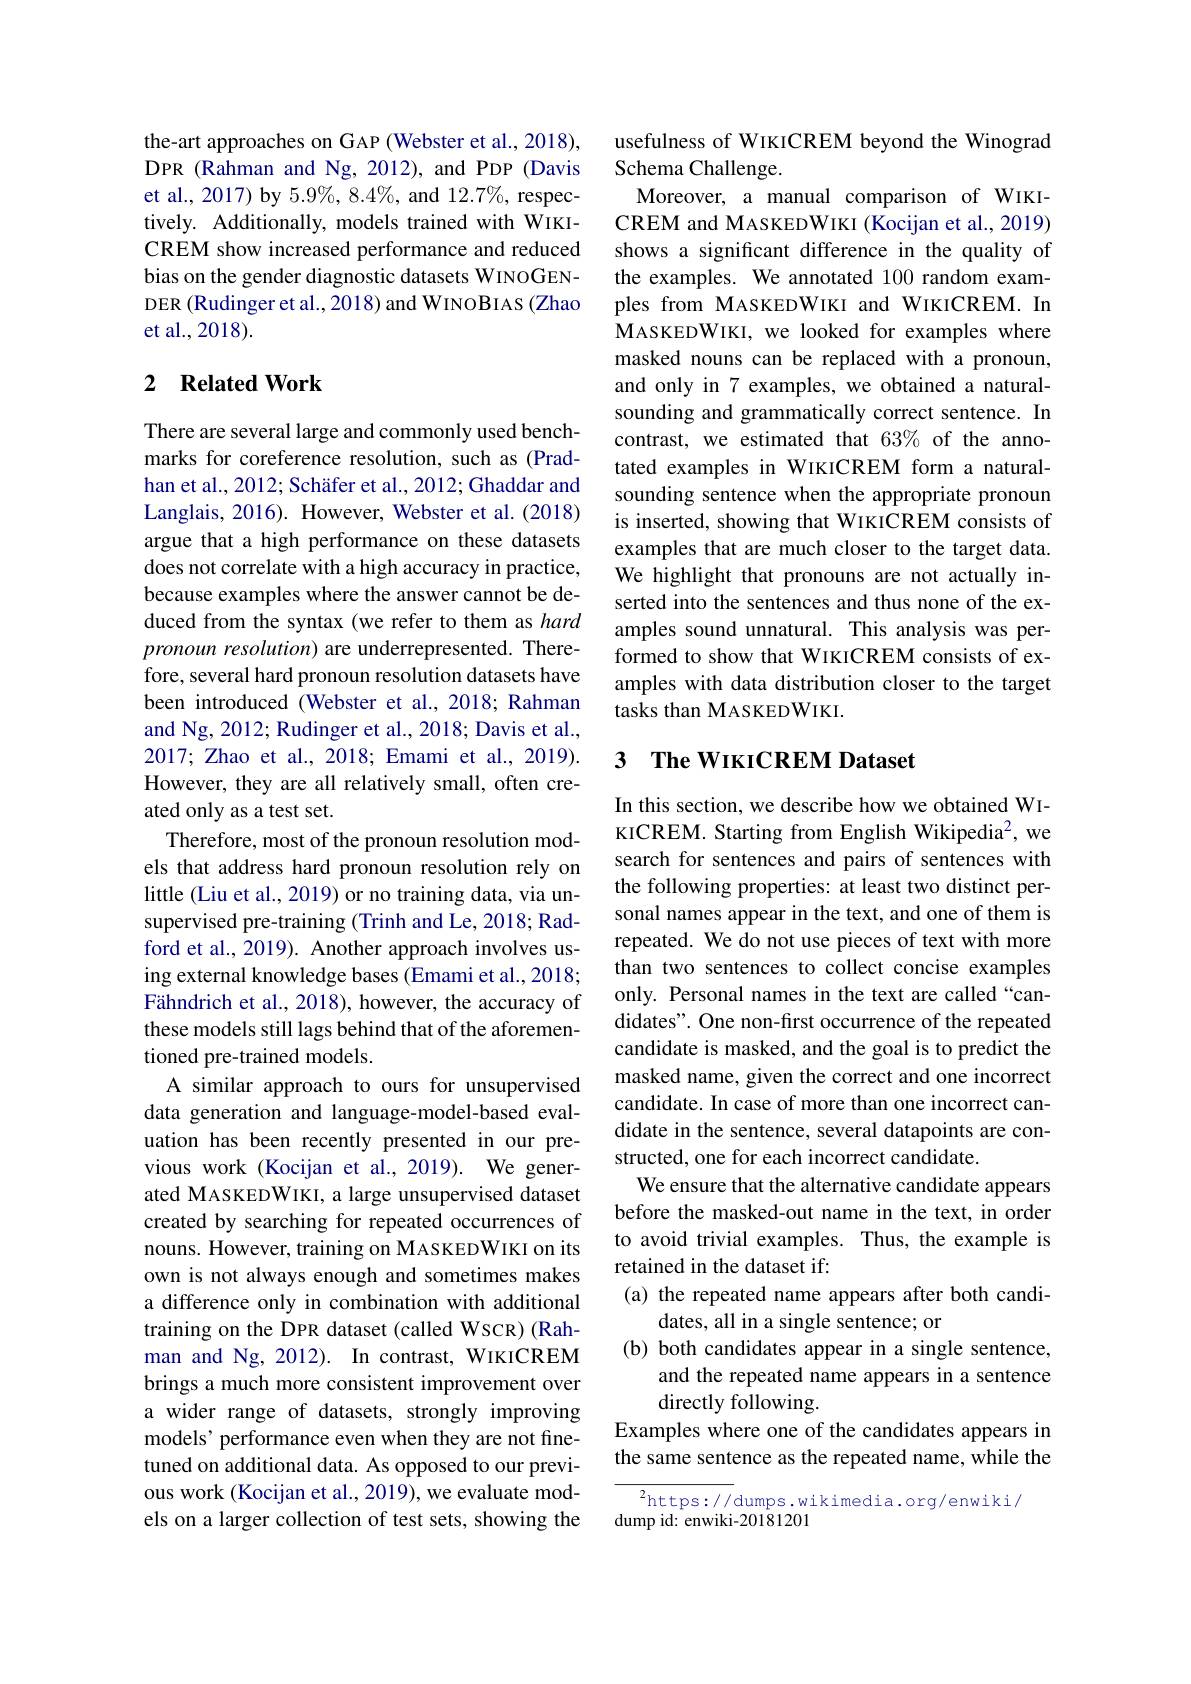
the-art approaches on GAP (Webster et al., 2018), DPR (Rahman and Ng,2012), and PDP (Davis et al., 2017) by 5.9%, 8.4%, and 12.7%, respectively. Additionally, models trained with WIKICREM show increased performance and reduced bias on the gender diagnostic datasets WINOGENDER (Rudinger et al., 2018) and WINOBIAS (Zhao et al., 2018).

## 2 $\textbf{Related Work}$

There are several large and commonly used benchmarks for coreference resolution, such as (Pradhan et al., 2012; Schäfer et al., 2012; Ghaddar and Langlais, 2016). However, Webster et al. (2018) argue that a high performance on these datasets does not correlate with a high accuracy in practice, because examples where the answer cannot be deduced from the syntax (we refer to them as hard pronoun resolution) are underrepresented. Therefore, several hard pronoun resolution datasets have been introduced (Webster et al.,2018; Rahman and Ng, 2012; Rudinger et al., 2018; Davis et al., 2017; Zhao et al., 2018; Emami et al., 2019). However, they are all relatively small, often created only as a test set.
Therefore, most of the pronoun resolution models that address hard pronoun resolution rely on little (Liu et al., 2019) or no training data, via unsupervised pre-training (Trinh and Le, 2018; Radford et al., 2019). Another approach involves using external knowledge bases (Emami et al., 2018; Fähndrich et al., 2018), however, the accuracy of these models still lags behind that of the aforementioned pre-trained models.
A similar approach to ours for unsupervised data generation and language-model-based evaluation has been recently presented in our previous work (Kocijan et al.,2019). We generated MASKEDWIKI, a large unsupervised dataset created by searching for repeated occurrences of nouns. However, training on MASKEDWIKI on its own is not always enough and sometimes makes a difference only in combination with additional training on the DPR dataset (called WSCR) (Rahman and Ng, 2012). In contrast, WIKICREM brings a much more consistent improvement over a wider range of datasets, strongly improving models' performance even when they are not finetuned on additional data. As opposed to our previous work (Kocijan et al., 2019), we evaluate models on a larger collection of test sets, showing the

usefulness of WIKICREM beyond the Winograd
Schema Challenge.
Moreover, a manual comparison of WIKICREM and MASKEDWIKI (Kocijan et al., 2019) shows a significant difference in the quality of the examples. We annotated 100 random examples from MASKEDWIKI and WIKICREM. In MASKEDWIKI, we looked for examples where masked nouns can be replaced with a pronoun, and only in 7 examples, we obtained a naturalsounding and grammatically correct sentence. In contrast, we estimated that 63% of the annotated examples in WIKICREM form a naturalsounding sentence when the appropriate pronoun is inserted, showing that WIKICREM consists of examples that are much closer to the target data. We highlight that pronouns are not actually inserted into the sentences and thus none of the examples sound unnatural. This analysis was performed to show that WIKICREM consists of examples with data distribution closer to the target tasks than MASKEDWIKI.

## 3 $\textbf{The WIKICREM Dataset}$

In this section, we describe how we obtained WIKICREM. Starting from English Wikipedia$^2$, we search for sentences and pairs of sentences with the following properties: at least two distinct personal names appear in the text, and one of them is repeated. We do not use pieces of text with more than two sentences to collect concise examples only. Personal names in the text are called“candidates". One non-first occurrence of the repeated candidate is masked, and the goal is to predict the masked name, given the correct and one incorrect candidate. In case of more than one incorrect candidate in the sentence, several datapoints are constructed, one for each incorrect candidate.
We ensure that the alternative candidate appears before the masked-out name in the text, in order to avoid trivial examples. Thus, the example is retained in the dataset if:
(a) the repeated name appears after both candi-
dates, all in a single sentence; or
(b) both candidates appear in a single sentence,
and the repeated name appears in a sentence
directly following.
Examples where one of the candidates appears in the same sentence as the repeated name, while the
${\frac{{^2}\mathrm{https://}}{\mathrm{dumps.wikimedia.org/enwiki/}}}$

dump id: enwiki-20181201